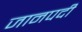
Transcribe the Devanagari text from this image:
जानपदी